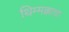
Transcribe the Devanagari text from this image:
थिम्मक्काचा